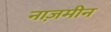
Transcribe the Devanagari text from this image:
नाज़मीन